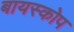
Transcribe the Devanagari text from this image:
बायस्कोप